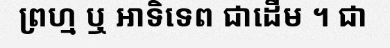
ព្រហ្ម ឬ អាទិទេព ជាដើម ។ ជា